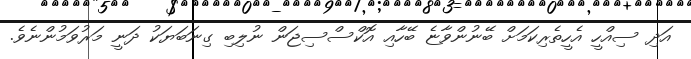
އަދި ސިއްހީ އެހީތެރިކަމަށް ބޭނުންވާޏެ ބޭހާއި އޮކްސްސިޖަން ނުލިބި ގިނަބަޔަކު ދަނީ މަރުވަމުންނެވެ.